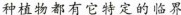
种植物都有它特定的临界